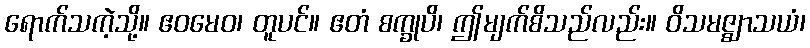
ရောက်သကဲ့သို့။ ဧဝမေဝ၊ တူပင်။ ဧတံ စက္ခုပိ၊ ဤမျက်စိသည်လည်း။ ဝိသမဇ္ဈာသယံ၊